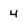
Character: 4